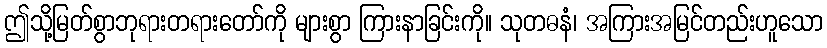
ဤသို့မြတ်စွာဘုရားတရားတော်ကို များစွာ ကြားနာခြင်းကို။ သုတဓနံ၊ အကြားအမြင်တည်းဟူသော